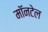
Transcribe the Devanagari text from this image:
मॉनटेल